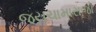
જયચામારાજો